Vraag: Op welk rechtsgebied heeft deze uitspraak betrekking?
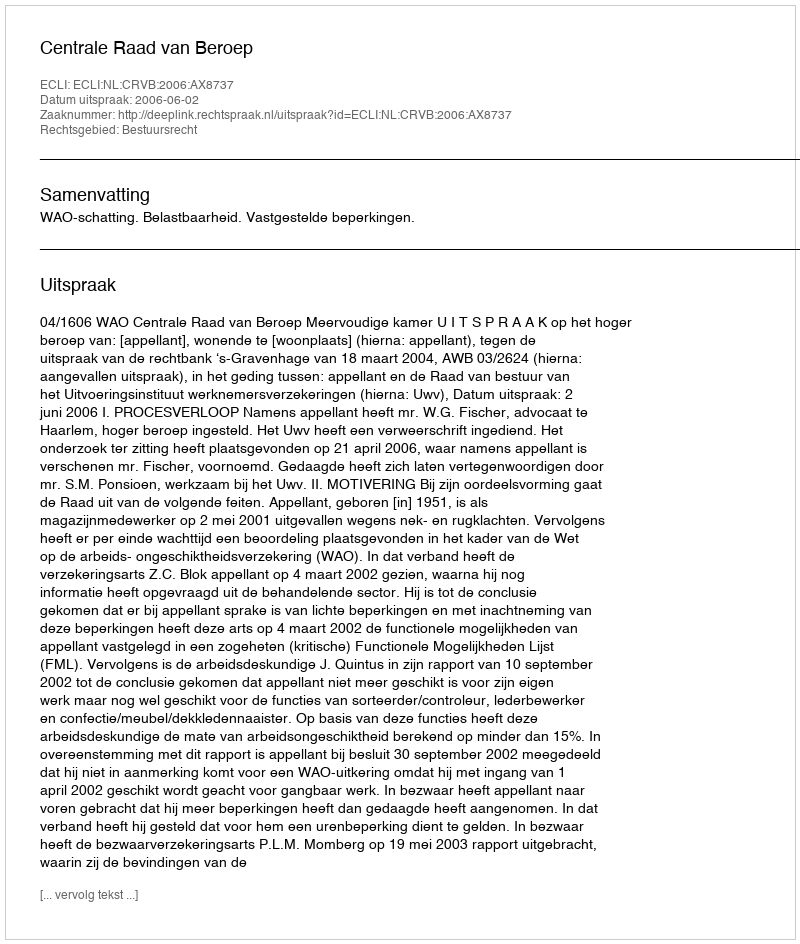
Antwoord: Bestuursrecht